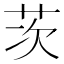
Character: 茨